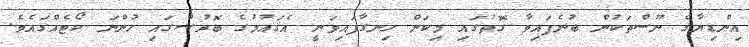
އިންޑިޔާގެ ނޫސްތަކުން ބުނެފައިވާ ގޮތުގައި މިކަން ހިނގާފައިވަނީ އެޤައުމުގެ ބޮރުޝްގައި ހުންނަ ކޯޓެއްގައެވެ.